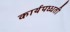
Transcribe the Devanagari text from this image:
कार्यपध्धती